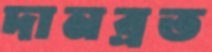
দানব্রত